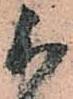
被